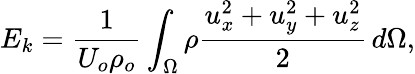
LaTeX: E_{k}=\frac{1}{U_{o}\rho_{o}}\int_{\Omega}\rho\frac{u_{x}^{2}+u_{y}^{2}+u_{z}^{2}}{2}\, d\Omega,